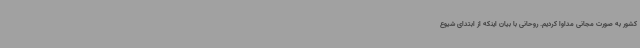
کشور به صورت مجانی مداوا کردیم. روحانی با بیان اینکه از ابتدای شیوع